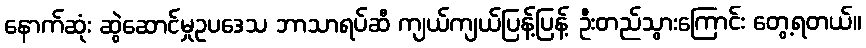
နောက်ဆုံး ဆွဲဆောင်မှုဥပဒေသ ဘာသာရပ်ဆီ ကျယ်ကျယ်ပြန့်ပြန့် ဦးတည်သွားကြောင်း တွေ့ရတယ်။